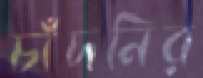
চাঁদনির